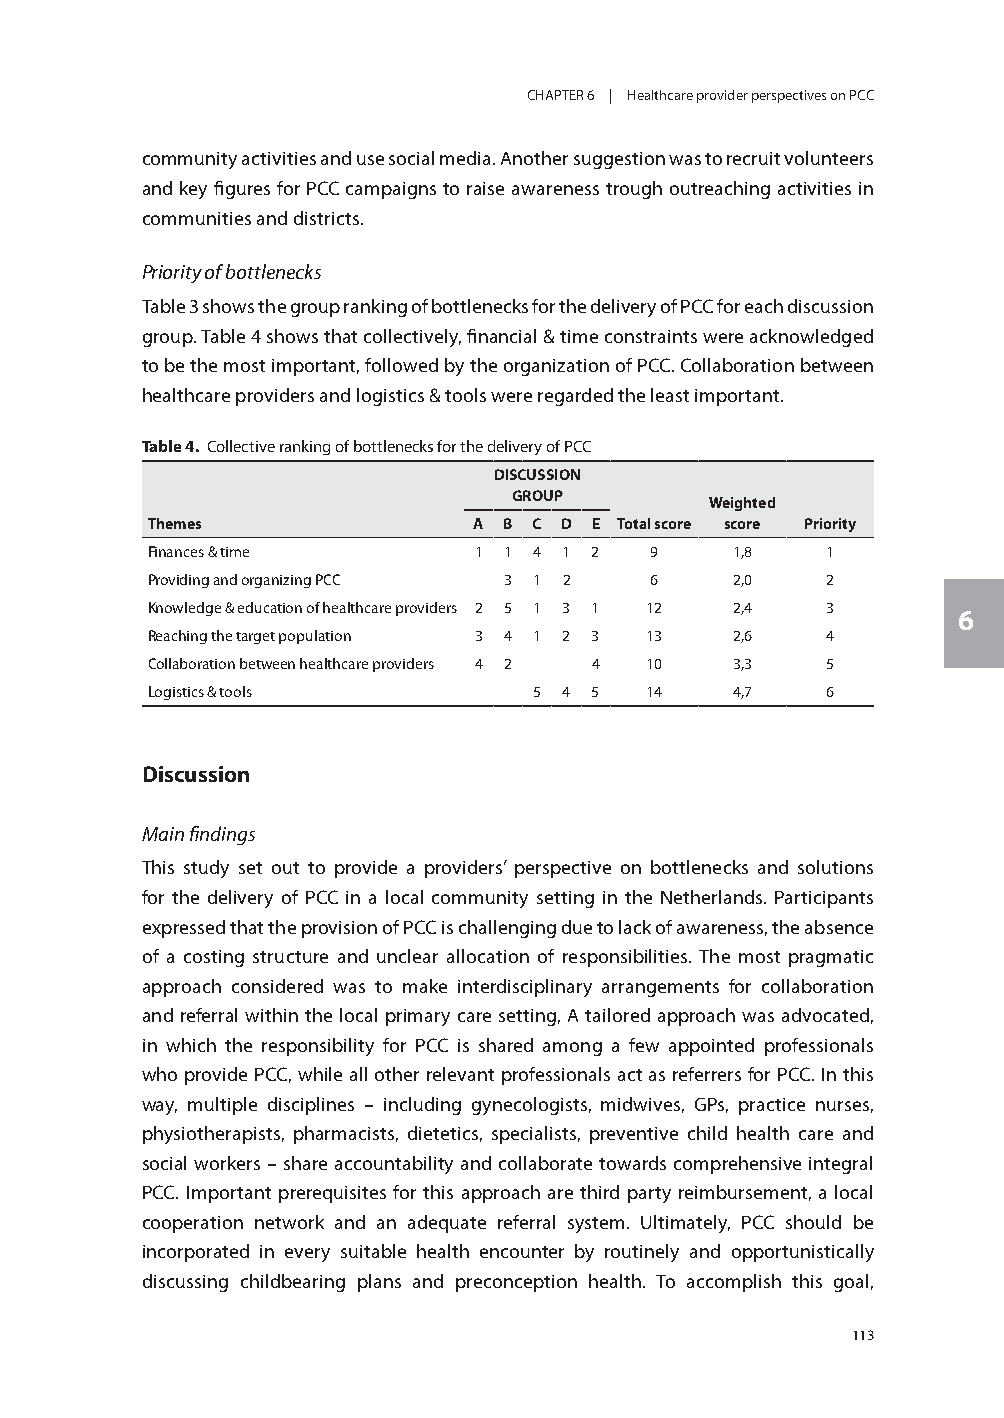
CHAPTER 6 | Healthcare provider perspectives on PCC
 community activities and use social media. Another suggestion was to recruit volunteers
 and key figures for PCC campaigns to raise awareness trough outreaching activities in
 communities and districts.
 Priority of bottlenecks
 Table 3 shows the group ranking of bottlenecks for the delivery of PCC for each discussion
 group. Table 4 shows that collectively, financial & time constraints were acknowledged
 to be the most important, followed by the organization of PCC. Collaboration between
 healthcare providers and logistics & tools were regarded the least important.
 Table 4. Collective ranking of bottlenecks for the delivery of PCC
 DISCUSSION
 GROUP
 Weighted
 Themes               A B C D E Total score score Priority
 Finances & time      1 1 4 1 2   9     1,8   1
 Providing and organizing PCC 3 1 2 6   2,0   2
 Knowledge & education of healthcare providers 2 5 1 3 1 12 2,4 3
 6
 Reaching the target population 3 4 1 2 3 13 2,6 4
 Collaboration between healthcare providers 4 2 4 10 3,3 5
 Logistics & tools        5 4 5   14    4,7   6
 Discussion
 Main findings
 This study set out to provide a providers’ perspective on bottlenecks and solutions
 for the delivery of PCC in a local community setting in the Netherlands. Participants
 expressed that the provision of PCC is challenging due to lack of awareness, the absence
 of a costing structure and unclear allocation of responsibilities. The most pragmatic
 approach considered was to make interdisciplinary arrangements for collaboration
 and referral within the local primary care setting, A tailored approach was advocated,
 in which the responsibility for PCC is shared among a few appointed professionals
 who provide PCC, while all other relevant professionals act as referrers for PCC. In this
 way, multiple disciplines – including gynecologists, midwives, GPs, practice nurses,
 physiotherapists, pharmacists, dietetics, specialists, preventive child health care and
 social workers – share accountability and collaborate towards comprehensive integral
 PCC. Important prerequisites for this approach are third party reimbursement, a local
 cooperation network and an adequate referral system. Ultimately, PCC should be
 incorporated in every suitable health encounter by routinely and opportunistically
 discussing childbearing plans and preconception health. To accomplish this goal,
 113